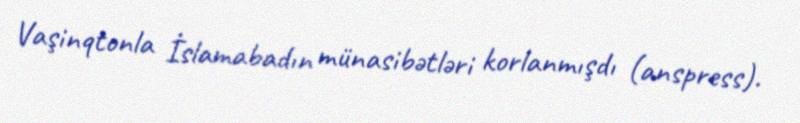
Vaşinqtonla İslamabadın münasibətləri korlanmışdı (anspress).